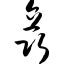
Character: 矗